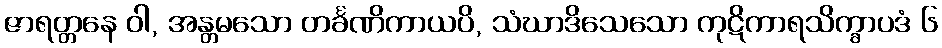
ဇာရတ္တနေ ဝါ, အန္တမသော တင်္ခဏိကာယပိ, သံဃာဒိသေသော ကုဋိကာရသိက္ခာပဒံ ၆